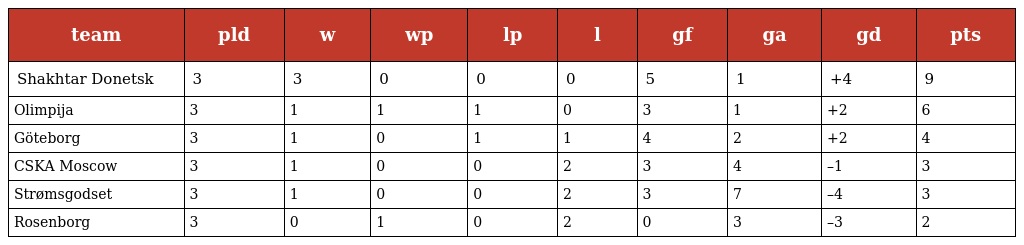
| team | pld | w | wp | lp | l | gf | ga | gd | pts |
 | --- | --- | --- | --- | --- | --- | --- | --- | --- | --- |
 | Shakhtar Donetsk | 3 | 3 | 0 | 0 | 0 | 5 | 1 | +4 | 9 |
 | Olimpija | 3 | 1 | 1 | 1 | 0 | 3 | 1 | +2 | 6 |
 | Göteborg | 3 | 1 | 0 | 1 | 1 | 4 | 2 | +2 | 4 |
 | CSKA Moscow | 3 | 1 | 0 | 0 | 2 | 3 | 4 | –1 | 3 |
 | Strømsgodset | 3 | 1 | 0 | 0 | 2 | 3 | 7 | –4 | 3 |
 | Rosenborg | 3 | 0 | 1 | 0 | 2 | 0 | 3 | –3 | 2 |